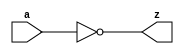
module MyNot(a, z);

input a;
output z;

assign z = ~a;

endmodule